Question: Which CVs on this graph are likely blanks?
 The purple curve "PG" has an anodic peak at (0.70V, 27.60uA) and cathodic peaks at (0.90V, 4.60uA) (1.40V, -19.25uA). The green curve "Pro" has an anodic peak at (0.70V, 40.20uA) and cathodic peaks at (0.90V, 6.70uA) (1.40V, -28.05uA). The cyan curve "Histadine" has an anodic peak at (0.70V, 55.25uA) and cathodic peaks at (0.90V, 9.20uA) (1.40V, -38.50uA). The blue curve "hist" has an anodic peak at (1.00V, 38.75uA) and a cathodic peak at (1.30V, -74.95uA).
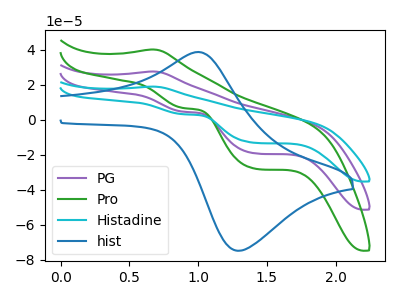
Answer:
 <answer>There are not any CV's on this graph that are likely to be blanks.</answer>
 <eval>none</eval>